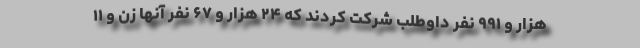
هزار و ۹۹۱ نفر داوطلب شرکت کردند که ۲۴ هزار و ۶۷ نفر آنها زن و ۱۱